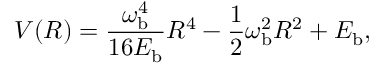
V ( R ) = \frac { \omega _ { \mathrm { b } } ^ { 4 } } { 1 6 E _ { \mathrm { b } } } R ^ { 4 } - \frac { 1 } { 2 } \omega _ { \mathrm { b } } ^ { 2 } R ^ { 2 } + E _ { \mathrm { b } } ,